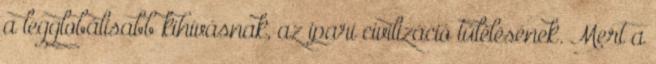
a legglobálisabb kihívásnak, az ipari civilizáció túlélésének. Mert a